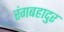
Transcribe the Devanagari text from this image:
रंगबहादुर